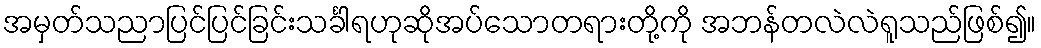
အမှတ်သညာပြင်ပြင်ခြင်းသင်္ခါရဟုဆိုအပ်သောတရားတို့ကို အဘန်တလဲလဲရူသည်ဖြစ်၍။